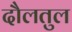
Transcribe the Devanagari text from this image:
दौलतुल